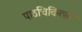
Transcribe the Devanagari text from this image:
पाठचिकित्सा